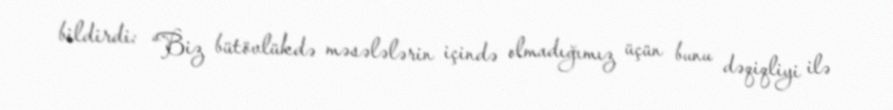
bildirdi: “Biz bütövlükdə məsələlərin içində olmadığımız üçün bunu dəqiqliyi ilə